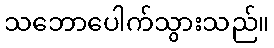
သဘောပေါက်သွားသည်။